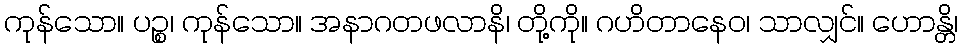
ကုန်သော။ ပဉ္စ၊ ကုန်သော။ အနာဂတဖလာနိ၊ တို့ကို။ ဂဟိတာနေဝ၊ သာလျှင်။ ဟောန္တိ၊